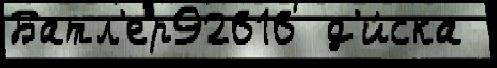
Батл'ер92616  д'и́ска